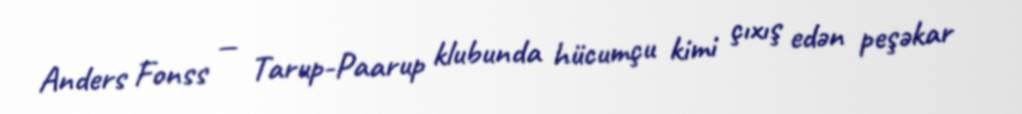
Anders Fonss — Tarup-Paarup klubunda hücumçu kimi çıxış edən peşəkar